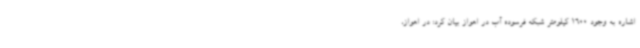
اشاره به وجود 1600 کیلومتر شبکه فرسوده آب در اهواز بیان کرد: در اهواز،